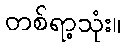
တစ်ရာ့သုံး။